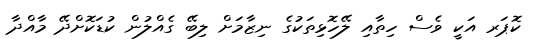
ކޮޕަރ އަކީ ވެސް ހިތާއި ލޭހޮޅިތަކުގެ ނިޒާމަށް ލިބޭ ގެއްލުން ކުޑަކޮށްދޭ މާއްދާ